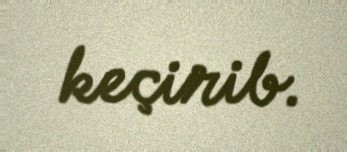
keçirib.